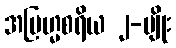
အဗြဟ္မစရိယ ၂-မျိုး